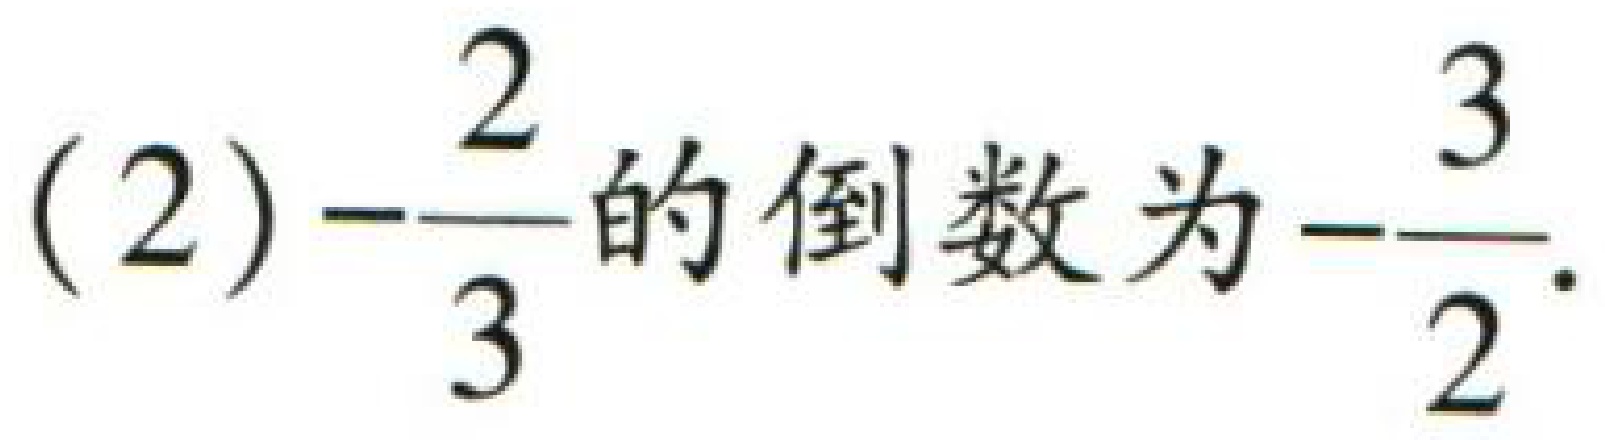
(2)$-\dfrac{2}{3}的倒数为-\dfrac{3}{2}.$